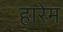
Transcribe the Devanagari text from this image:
हारेम